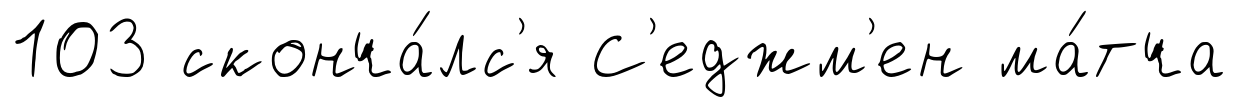
103 сконча́лс'я С'еджм'ен ма́тча